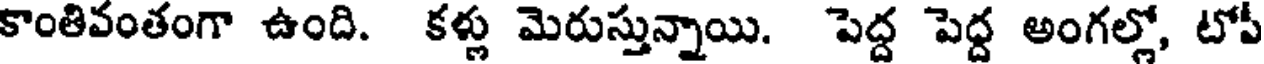
కాంతివంతంగా ఉంది. కళ్లు మెరుస్తున్నాయి. పెద్ద పెద్ద అంగల్లో, టోపీ